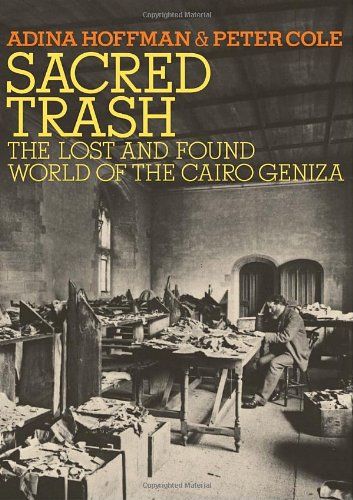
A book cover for Sacred Trash: The Lost and Found World of the Cairo Geniza (Jewish Encounters Series); Adina Hoffman; Religion & Spirituality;